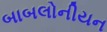
બાબલોનીયન